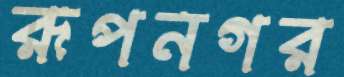
রূপনগর